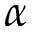
\alpha